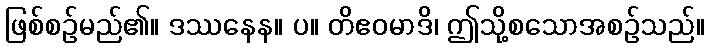
ဖြစ်စဉ်မည်၏။ ဒဿနေန။ ပ။ တိဧဝမာဒိ၊ ဤသို့စသောအစဉ်သည်။